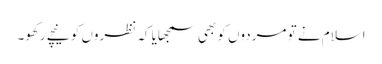
اسلام نے تو مردوں کو بھی سمجھایا کہ نظروں کو نیچے رکھو۔